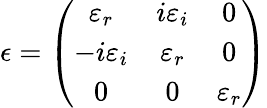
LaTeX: \epsilon=\left(\begin{array}{ccc}{\varepsilon_{r}}&{i\varepsilon_{i}}&{0}\\ {-i\varepsilon_{i}}&{\varepsilon_{r}}&{0}\\ {0}&{0}&{\varepsilon_{r}}\end{array}\right)